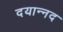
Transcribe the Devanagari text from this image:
दयान्नद